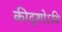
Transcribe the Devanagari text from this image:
कीदृशोऽसि